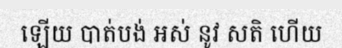
ឡើយ បាត់បង់ អស់ នូវ សតិ ហើយ